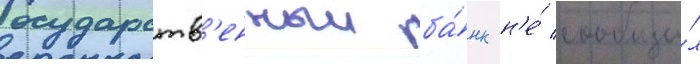
Государств'енныи ба́нк н'е́ сообщи́л